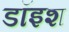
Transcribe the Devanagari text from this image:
डॉइश